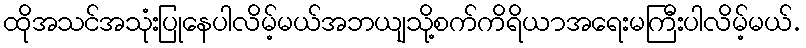
ထိုအသင်အသုံးပြုနေပါလိမ့်မယ်အဘယျသို့စက်ကိရိယာအရေးမကြီးပါလိမ့်မယ်.